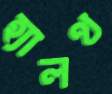
হ্যালথ